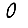
Digit: 0